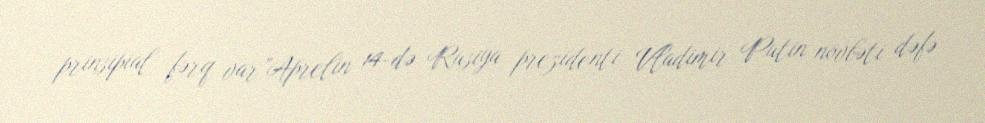
prinsipial fərq var”Aprelin 14-də Rusiya prezidenti Vladimir Putin növbəti dəfə